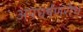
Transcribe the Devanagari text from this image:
अपघर्षंणरोध